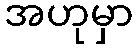
အဟုမှာ